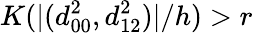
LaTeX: K(|(d_{00}^{2},d_{12}^{2})|/h)>r